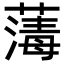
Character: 𦺇